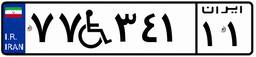
۷۷W۳۴۱۱۱